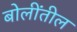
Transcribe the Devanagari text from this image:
बोलींतील